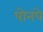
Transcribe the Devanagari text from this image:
पोनपे